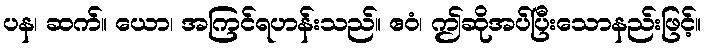
ပန၊ ဆက်။ ယော၊ အကြင်ရဟန်းသည်။ ဧဝံ၊ ဤဆိုအပ်ပြီးသောနည်းဖြင့်။